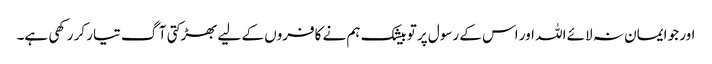
اور جو ایمان نہ لائے اللہ اور اس کے رسول پر تو بیشک ہم نے کافروں کے لیے بھڑکتی آگ تیار کر رکھی ہے۔